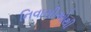
નિવાસીઓથી